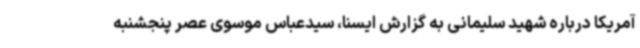
آمریکا درباره شهید سلیمانی به گزارش ایسنا، سیدعباس موسوی عصر پنجشنبه